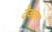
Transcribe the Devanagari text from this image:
देववर